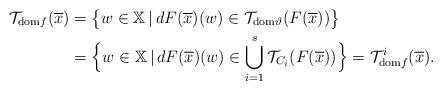
LaTeX: \begin{align*} \mathcal{T}_{{\rm dom}f}(\overline{x}) &=\big\{w\in\mathbb{X}\,|\, dF(\overline{x})(w)\in\mathcal{T}_{{\rm dom}\vartheta}(F(\overline{x}))\big\}\\ &=\Big\{w\in\mathbb{X}\,|\, dF(\overline{x})(w)\in\bigcup\limits_{i=1}^s\mathcal{T}_{C_i}(F(\overline{x}))\Big\}=\mathcal{T}_{{\rm dom}f}^{i}(\overline{x}). \end{align*}